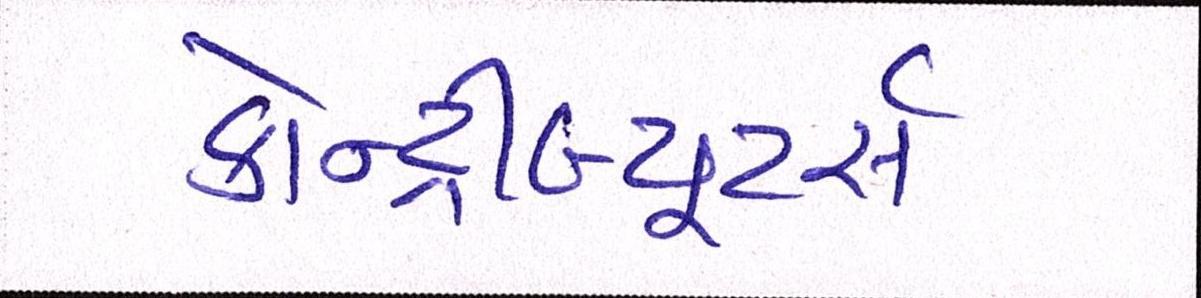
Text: કોન્ટ્રીબ્યૂટર્સઃ